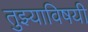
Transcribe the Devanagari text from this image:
तुझ्याविषयी